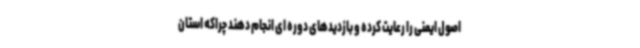
اصول ایمنی را رعایت کرده و بازدیدهای دوره ای انجام دهند چراکه استان